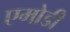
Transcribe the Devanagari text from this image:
एमोडी